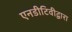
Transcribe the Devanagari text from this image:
एनडीटिवीद्वारा